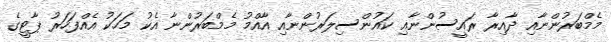
މެމްބަރުންނާއި ދާއިރާ ރައީސުންނާއި ކައުންސިލަރުންނާއި އާއްމު މެމްބަރުންނާ އެކު މަހަކު އެއްފަހަރު ޕާޓީގެ